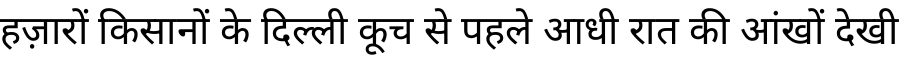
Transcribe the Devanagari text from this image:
हज़ारों किसानों के दिल्ली कूच से पहले आधी रात की आंखों देखी